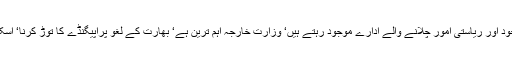
پاکستان میں حکومتیں بدلتی ہیں‘ ریاست اپنی جگہ موجود اور ریاستی امور چلانے والے ادارے موجود رہتے ہیں‘ وزارت خارجہ اہم ترین ہے‘ بھارت کے لغو پراپیگنڈے کا توڑ کرنا‘ اسکی ذمہ داری ہے جس میں عموماً کوتاہی نظر آتی ہے۔